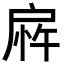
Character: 𫼎